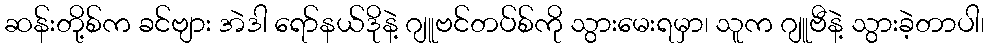
ဆန်းတို့စ်က ခင်ဗျား အဲဒါ ရော်နယ်ဒိုနဲ့ ဂျူဗင်တပ်စ်ကို သွားမေးရမှာ၊ သူက ဂျူဗီနဲ့ သွားခဲ့တာပါ၊